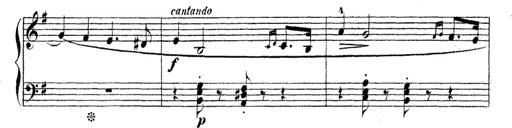
Title: Dem Andenken PetÃ¶fis
Composer: Franz Liszt